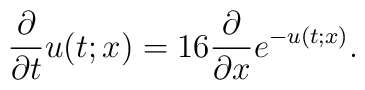
\frac{\partial}{\partial t}u(t;x)=16\frac{\partial}{\partial x}e^{-u(t;x)}.